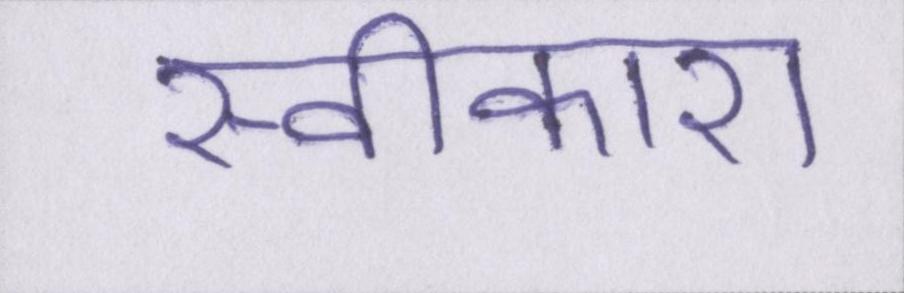
स्वीकारा